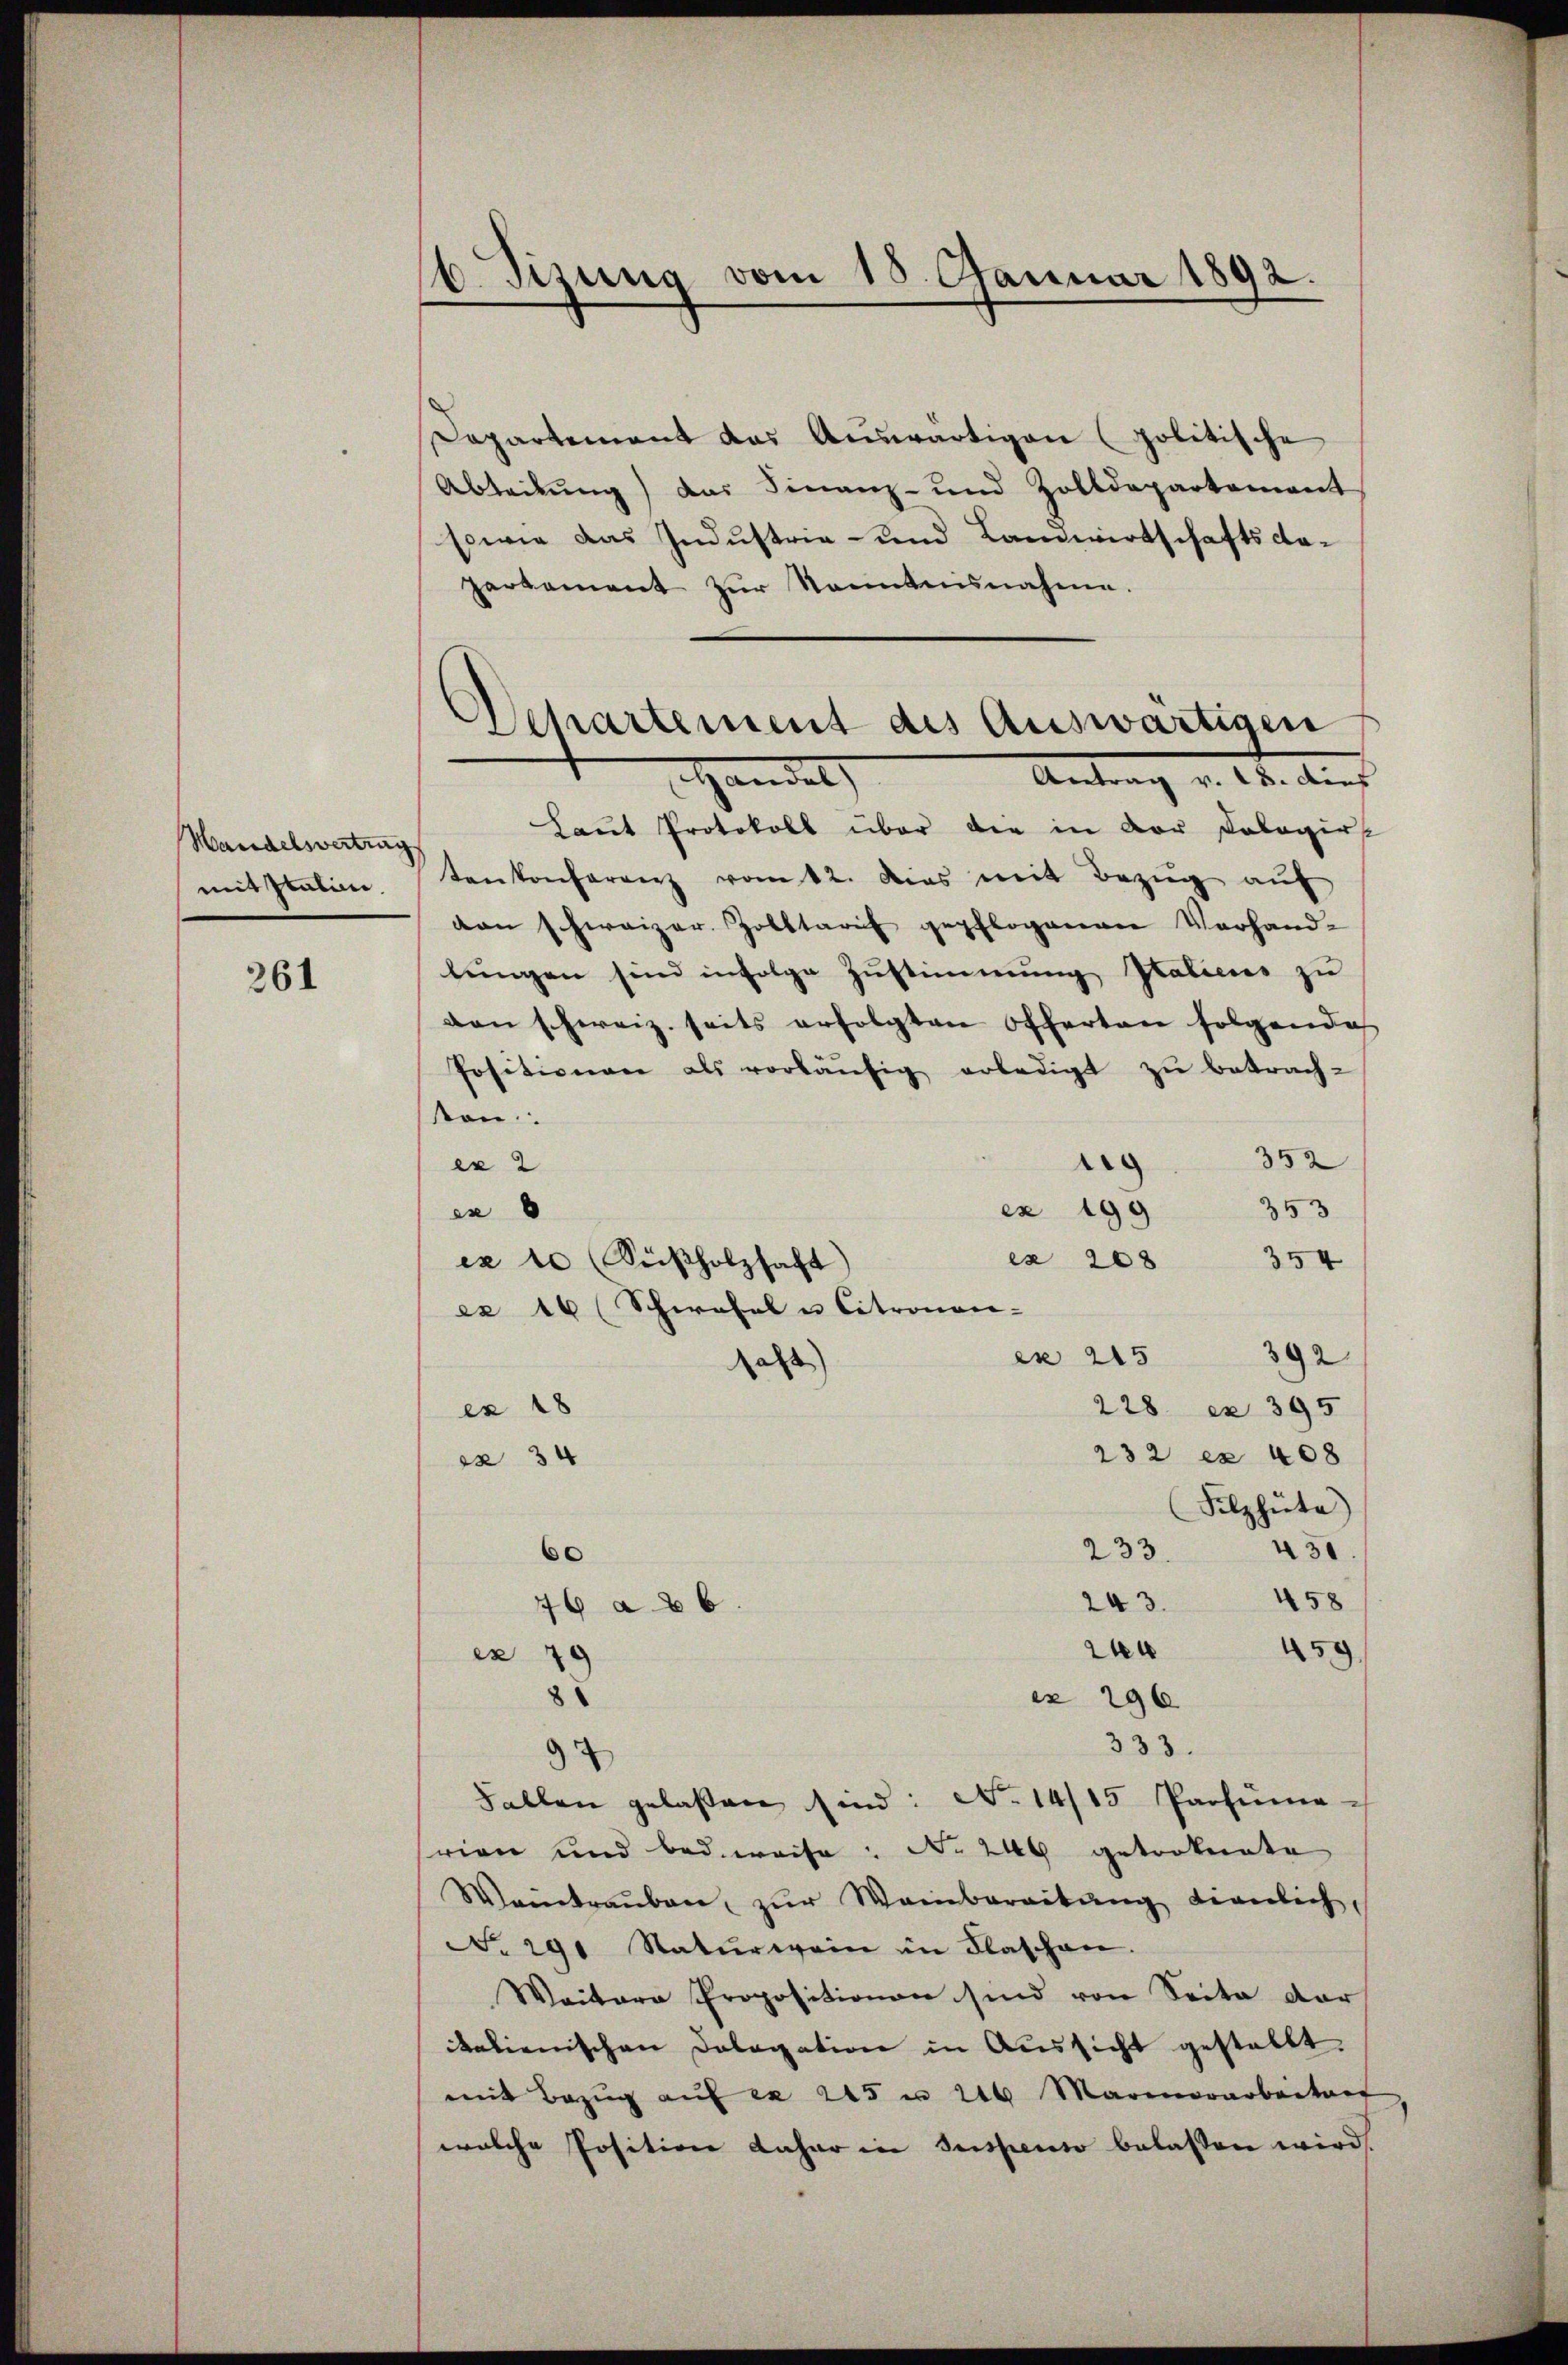
Handelsvertrag
mit Italien.

261

16. Sizung vom 15. Januar 1892.

Departement des Auswärtigen
Handel
Antrag v. 18. dies

Dapartement das Auswärtigen (politische
Abteilung) das Finanz- und Zolldepartement
sowie das Industria- und Landwirtschafts dapartement zŭr Sonntennahme.
Laut Protokoll über die in der Kologirs
tenkonferenz vom 12. dies mit Bezŭg aŭf
van schweizer. Zolltarif gepflogenen Verhand-
lingen sind infolge Zŭstimmung Italiens zu
den schweiz. seits erfolgten Offerten folgende
Positionen als vorläŭfig erledigt zŭ betrach-
ten:
352
.
er 2
353
ex 199
ex 6
ex 208
354
ex 10 Kußholzhaft)
ex 16 (Schwafel in Citronen- |
392
es 215
al
228. ex 395
ex 18
232 ex 408
x 34
Filzhüte
430
233.
60
458
243.
46 ab 6
244
459
ex 79
ex 296
s
333.
Fallen gelassen sind: No 14/15 Parteme
srien und beweise: No 240 getrotente
Weintraŭben, zŭr Weinbereitŭng dienlich
No 29. Naturwein in Flaschen.
Weitern Propositionen sind von Seite dar
kalienischen Dologation in Aussicht gestellt.
mit Bezŭg aŭf ex 245 n 240 Marmorarbeiter
welche Positione daher in Suspenso belassen wird.